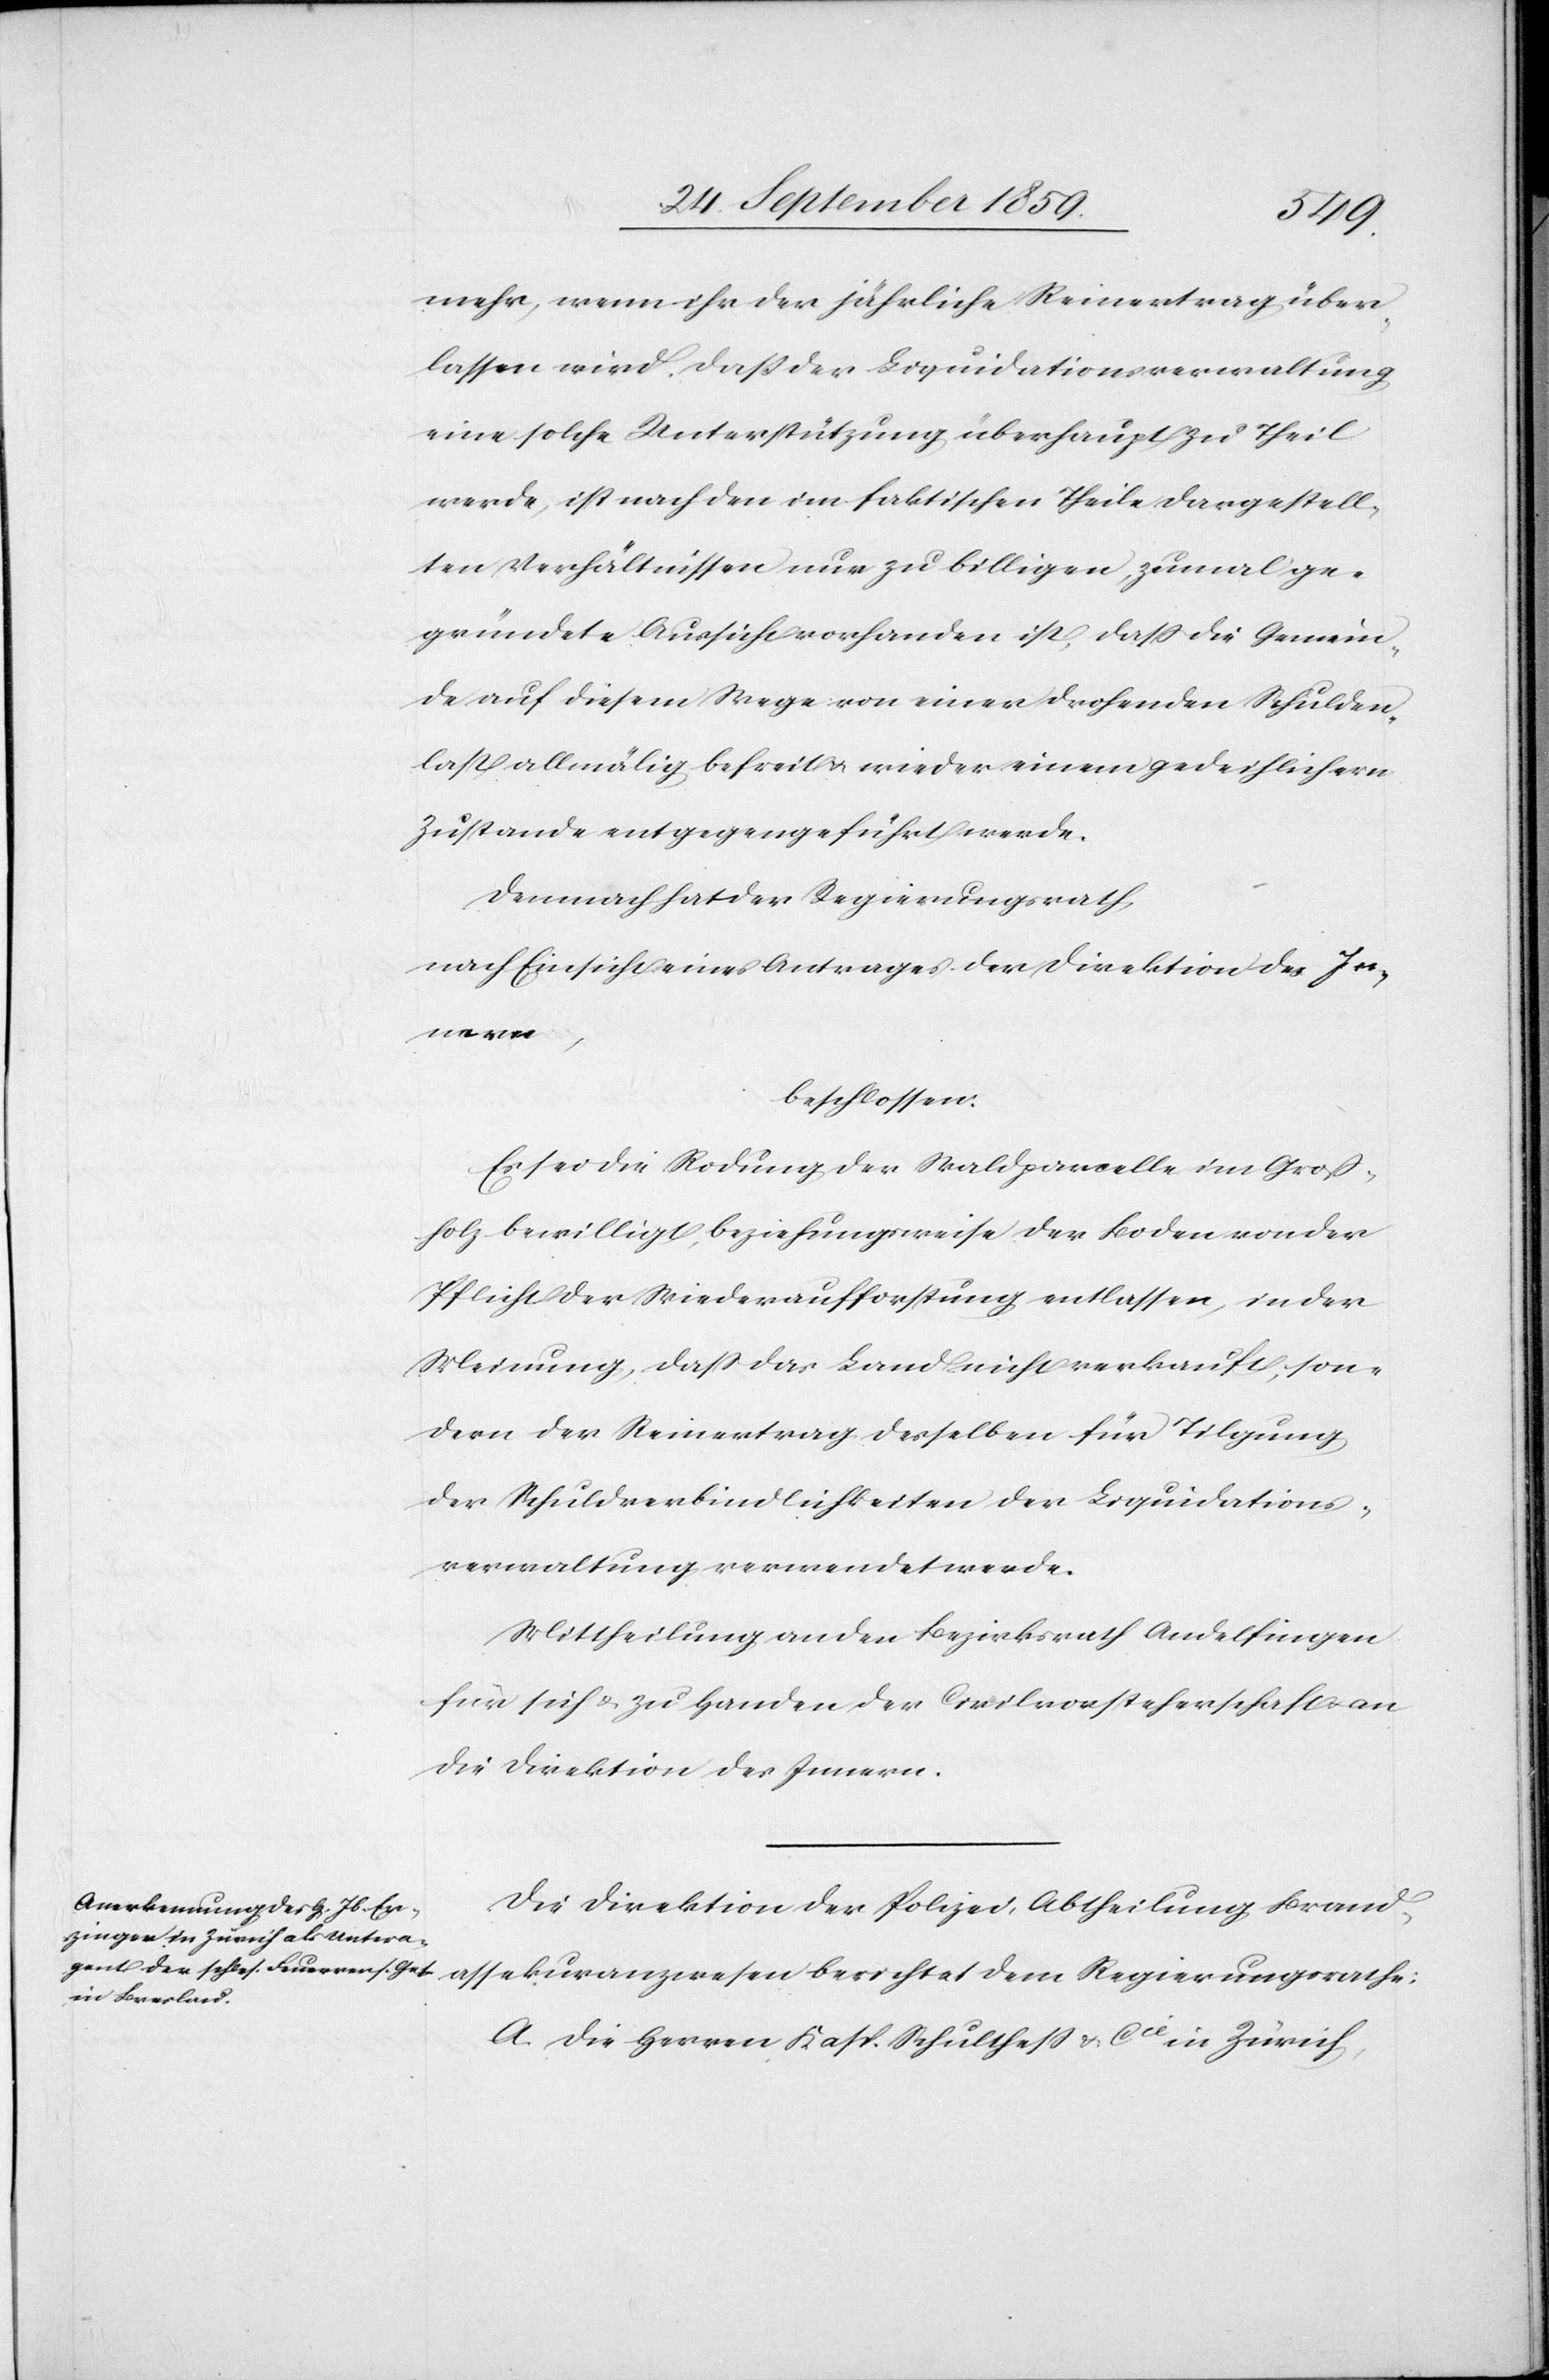
mehr, wenn ihr der jährliche Reinertrag über¬
lassen wird. Daß der Liquidationsverwaltung
eine solche Unterstützung überhaupt zu Theil
werde, ist nach den im faktischen Theile dargestell¬
ten Verhältnissen nur zu billigen, zumal ge¬
gründete Aussicht vorhanden ist, daß die Gemein¬
de auf diesem Wege von einer drohenden Schulden¬
last allmälig befreit & wieder einem gedeihlichern
Zustande entgegengeführt werde.
Demnach hat der Regierungsrath,
nach Einsicht eines Antrages der Direktion des In¬
nern,
beschlossen:
Es sei die Rodung der Waldparcelle im Groß¬
holz bewilligt, beziehungsweise der Boden von der
Pflicht der Wiederaufforstung entlassen, in der
Meinung, daß das Land nicht verkauft, son¬
dern der Reinertrag desselben für Tilgung
der Schuldverbindlichkeiten der Liquidations¬
verwaltung verwendet werde.
Mittheilung an den Bezirksrath Andelfingen
für sich & zu Handen der Civilvorsteherschaft & an
die Direktion des Innern.
Die Direktion der Polizei, Abtheilung Brand¬
assekuranzwesen berichtet dem Regierungsrathe:
A. Die Herren Kasp. Schultheß & Cie. in Zürich,